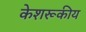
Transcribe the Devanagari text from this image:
केशरूकीय